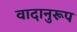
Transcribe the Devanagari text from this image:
वादानुरूप